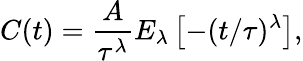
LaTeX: C(t)=\frac{A}{\tau^{\lambda}}E_{\lambda}\left[-(t/\tau)^{\lambda}\right],